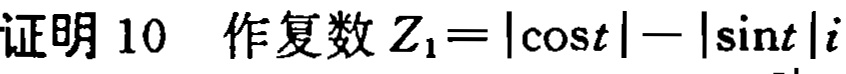
证明 10 作复数 \(Z_{1}=|\cos t|-|\sin t|i\)